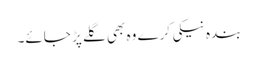
بندہ نیکی کرے وہ بھی گلے پڑ جائے۔